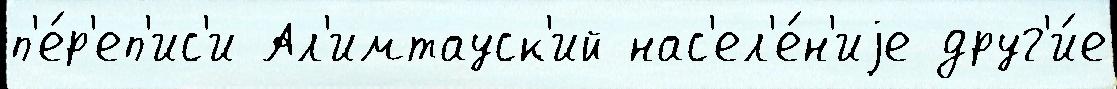
п'е́р'еп'ис'и Ал'имтауск'ий нас'ел'е́н'иjе друг'и́е